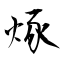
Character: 烼